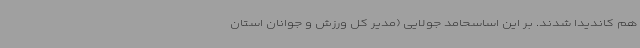
هم کاندیدا شدند. بر این اساسحامد جولایی (مدیر کل ورزش و جوانان استان